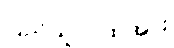
ပြည်သူလူထုအား